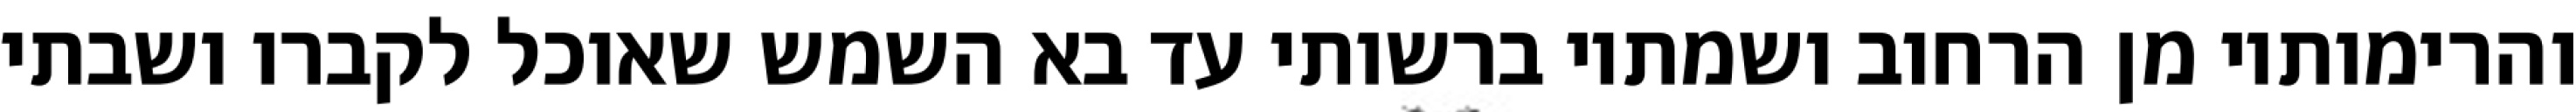
והרימותיו מן הרחוב ושמתיו ברשותי עד בא השמש שאוכל לקברו ושבתי